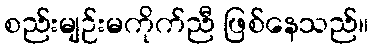
စည်းမျဉ်းမကိုက်ညီ ဖြစ်နေသည်။